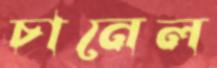
চানেল